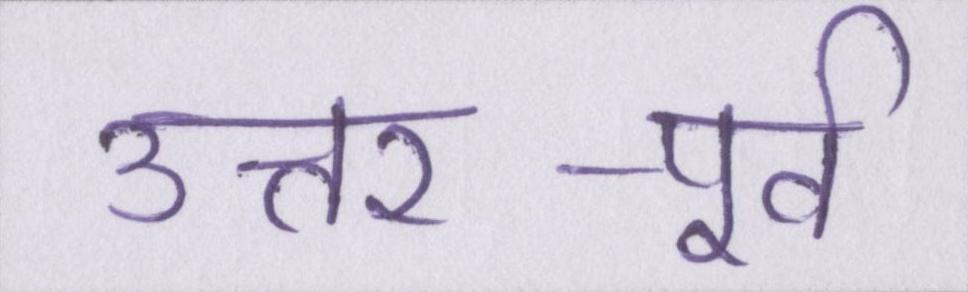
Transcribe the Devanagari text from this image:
उत्तर-पूर्व